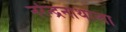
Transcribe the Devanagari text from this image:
नरेन्द्रनाथाला